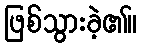
ဖြစ်သွားခဲ့၏။